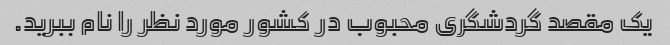
یک مقصد گردشگری محبوب در کشور مورد نظر را نام ببرید.